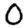
Digit: 0